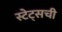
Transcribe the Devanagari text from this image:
स्टेट्सची